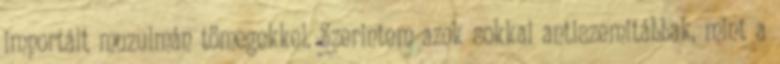
importált muzulmán tömegekkel. Szerintem azok sokkal antiszemitábbak, mint a